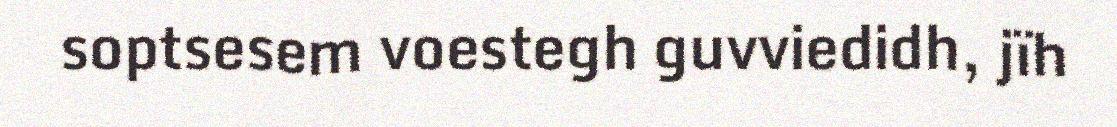
soptsesem voestegh guvviedidh, jïh